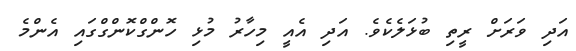
އަދި ވަރަށް ރީތި ބުޅަލެކެވެ. އަދި އެއީ މިހާރު މުޅި ހޮންގްކޮންގްގައި އެންމެ